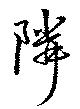
隣